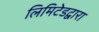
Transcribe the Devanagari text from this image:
लिमिटेडद्वारा